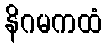
နိဂမကထံ